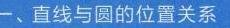
一、直线与圆的位置关系